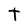
Character: t